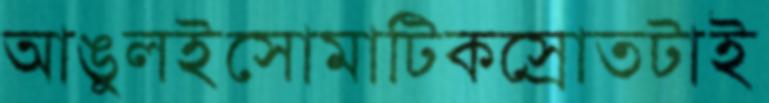
আঙুলইসোমাটিকস্রোতটাই